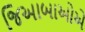
જિઆબાઓએ